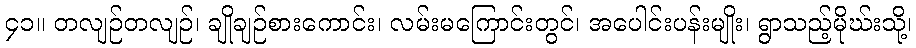
၄၁။ တလျဉ်တလျဉ်၊ ချိုချဉ်စားကောင်း၊ လမ်းမကြောင်းတွင်၊ အပေါင်းပန်းမျိုး၊ ရွာသည့်မိုဃ်းသို့၊